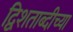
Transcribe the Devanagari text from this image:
द्विशताब्दीच्या